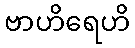
ဗာဟိရေဟိ